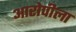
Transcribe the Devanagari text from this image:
आरोपीला